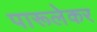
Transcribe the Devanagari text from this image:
पारूलेकर